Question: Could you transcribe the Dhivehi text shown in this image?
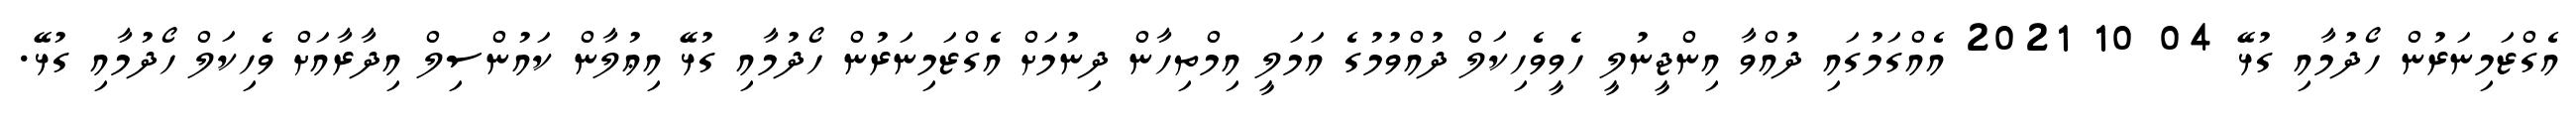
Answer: އެގްޒަމިނަރުން ހޯދުމާއި ގުޅޭ 04 10 2021 އެއްގަމުގައި ދުއްވާ އިންޖީނުލީ ހެވީވެހިކަލް ދުއްވުމުގެ އަމަލީ އިމްތިހާން ދިނުމަށް އެގްޒަމިނަރުން ހޯދުމާއި ގުޅޭ އިޢުލާން ކައުންސިލް އިދާރާއަށް ވެހިކަލް ހޯދުމާއި ގުޅޭ.